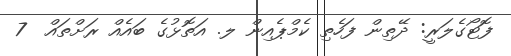
ފޮޓޯގެލަރީ: ދޭތިން ފަހެތި ކެމްޕެއިން ލ. އަތޮޅުގެ ބައެއް ރަށްތައް  7